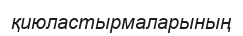
қиюластырмаларының